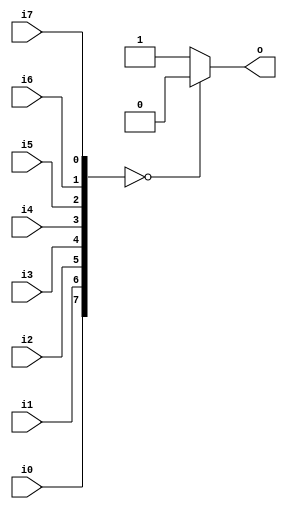
module Or8(i0, i1, i2, i3, i4, i5, i6, i7, o);
	
	input i0;
	input i1;
	input i2;
	input i3;
	input i4;
	input i5;
	input i6;
	input i7;
	output o;

	assign o = {i0, i1, i2, i3, i4, i5, i6, i7} == 0 ? 0 : 1; 

endmodule